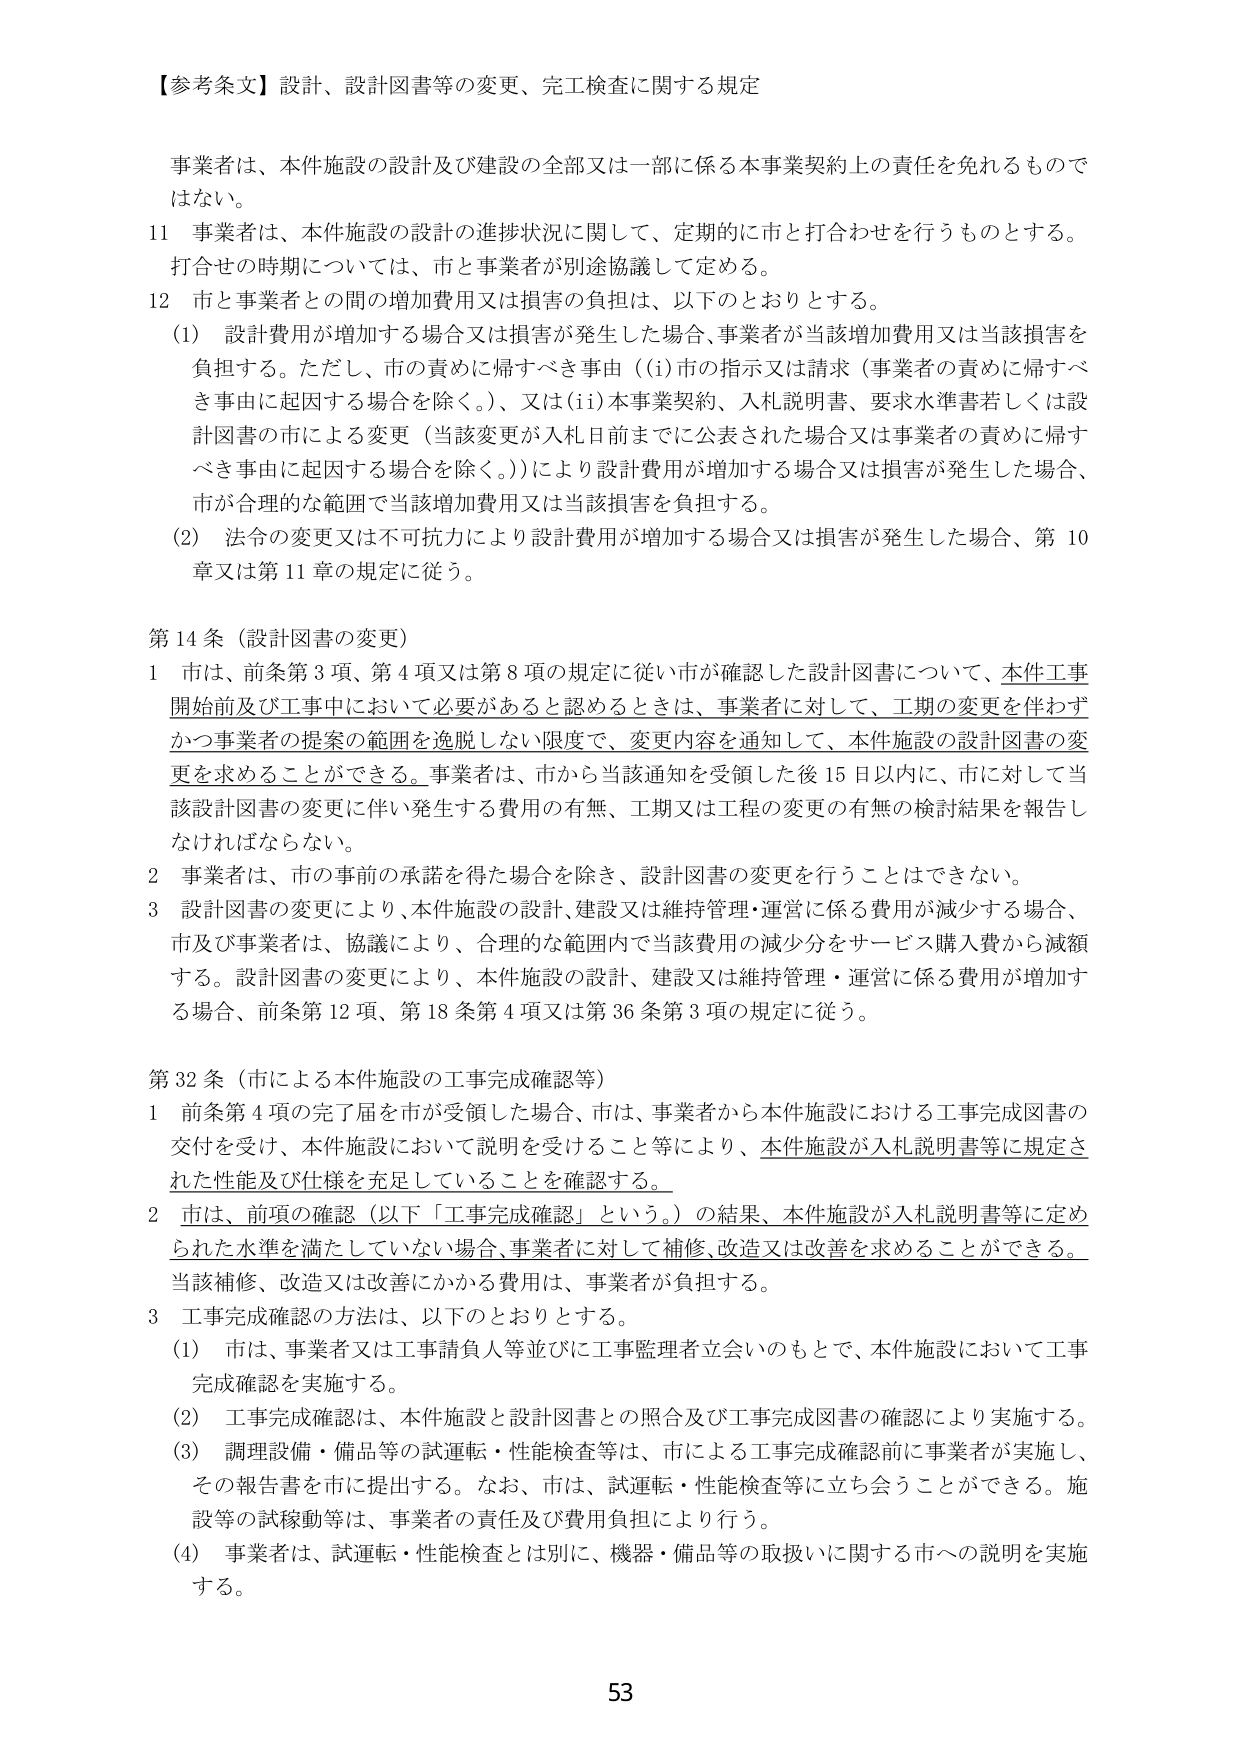
【参考条文】設計、設計図書等の変更、完工検査に関する規定

事業者は、本件施設の設計及び建設の全部又は一部に係る本事業契約上の責任を免れるものではない。

11 事業者は、本件施設の設計の進捗状況に関して、定期的に市と打合わせを行うものとする。打合わせの時期については、市と事業者が別途協議して定める。

12 市と事業者との間の増加費用又は損害の負担は、以下のとおりとする。

(1) 設計費用が増加する場合又は損害が発生した場合、事業者が当該増加費用又は当該損害を負担する。ただし、市の責めに帰すべき事由（(i)市の指示又は請求（事業者の責めに帰すべき事由に起因する場合を除く。）、又は(ii)本事業契約、入札説明書、要求水準書若しくは設計図書の市による変更（当該変更が入札日前までに公表された場合又は事業者の責めに帰すべき事由に起因する場合を除く。））により設計費用が増加する場合又は損害が発生した場合、市が合理的な範囲で当該増加費用又は当該損害を負担する。

(2) 法令の変更又は不可抗力により設計費用が増加する場合又は損害が発生した場合、第10章又は第11章の規定に従う。

第14条（設計図書の変更）

1 市は、前条第3項、第4項又は第8項の規定に従い市が確認した設計図書について、本件工事開始前及び工事中において必要があると認めるときは、事業者に対して、工期の変更を伴わずかつ事業者の提案の範囲を逸脱しない限度で、変更内容を通知して、本件施設の設計図書の変更を求めることができる。事業者は、市から当該通知を受領した後15日以内に、市に対して当該設計図書の変更に伴い発生する費用の有無、工期又は工程の変更の有無の検討結果を報告しなければならない。

2 事業者は、市の事前の承諾を得た場合を除き、設計図書の変更を行うことはできない。

3 設計図書の変更により、本件施設の設計、建設又は維持管理・運営に係る費用が減少する場合、市及び事業者は、協議により、合理的な範囲内で当該費用の減少分をサービス購入費から減額する。設計図書の変更により、本件施設の設計、建設又は維持管理・運営に係る費用が増加する場合、前条第12項、第18条第4項又は第36条第3項の規定に従う。

第32条（市による本件施設の工事完成確認等）

1 前条第4項の完了届を市が受領した場合、市は、事業者から本件施設における工事完成図書の交付を受け、本件施設において説明を受けること等により、本件施設が入札説明書等に規定された性能及び仕様を充足していることを確認する。

2 市は、前項の確認（以下「工事完成確認」という。）の結果、本件施設が入札説明書等に定められた水準を満たしていない場合、事業者に対して補修、改造又は改善を求めることができる。当該補修、改造又は改善にかかる費用は、事業者が負担する。

3 工事完成確認の方法は、以下のとおりとする。

(1) 市は、事業者又は工事請負人等並びに工事監理者立会いのもとで、本件施設において工事完成確認を実施する。

(2) 工事完成確認は、本件施設と設計図書との照合及び工事完成図書の確認により実施する。

(3) 調理設備・備品等の試運転・性能検査等は、市による工事完成確認前に事業者が実施し、その報告書を市に提出する。なお、市は、試運転・性能検査等に立ち会うことができる。施設等の試移動等は、事業者の責任及び費用負担により行う。

(4) 事業者は、試運転・性能検査とは別に、機器・備品等の取扱いに関する市への説明を実施する。

53